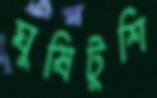
ঘুষিটুশি